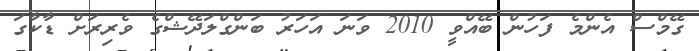
ގޭމްސް އެންމެ ފަހުން ބޭއްވީ 2010 ވަނަ އަހަރު ބަންގްލަދޭޝްގެ ވެރިރަށް ޑާކާގަ